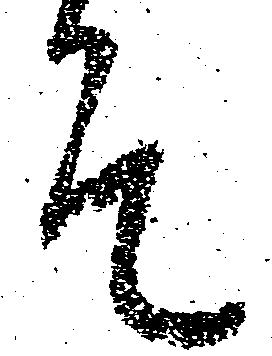
そ